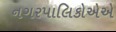
નગરપાલિકોએએ